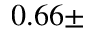
0 . 6 6 \pm